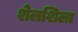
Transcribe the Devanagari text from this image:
शेलशिला